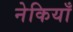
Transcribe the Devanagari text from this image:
नेकियाँ